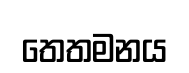
තෙතමනය